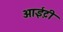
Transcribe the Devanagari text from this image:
आई़़टी